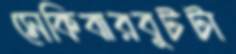
সেকিবারবুটটা